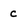
Character: c